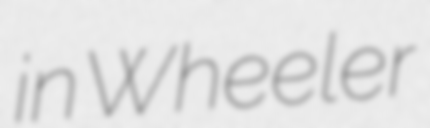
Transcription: in Wheeler